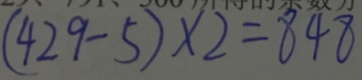
( 4 2 9 - 5 ) \times 2 = 8 4 8